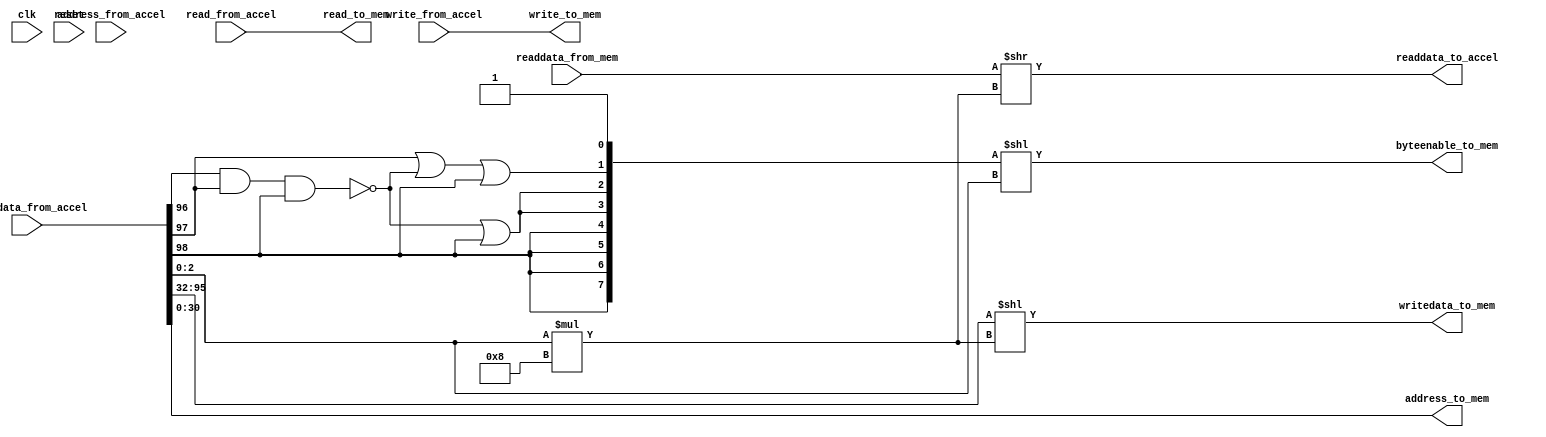
module accel_to_mem_bridge (
    //qsys inputs
    input clk,
    input reset,
    //accel inputs
    input [127:0] writedata_from_accel,
    input address_from_accel,
    input write_from_accel,
    input read_from_accel,
    output [127:0]readdata_to_accel,

    //mem outputs
    //ignore the upper bit of the address so that the s2 interface
    //of on chip memory can sit at 0x0 
    output [30:0] address_to_mem,
    input [63:0] readdata_from_mem,
    output read_to_mem,
    output write_to_mem,
    output [63:0] writedata_to_mem,
    output [7:0] byteenable_to_mem
);

wire        mem8, mem16, mem32, mem64;
wire [2:0]  atm_byteSel_32bit;

assign mem8 = writedata_from_accel[96];
assign mem16 = writedata_from_accel[97];
assign mem64 = writedata_from_accel[98];
assign mem32 = ~(mem8 & mem16 & mem64);

assign atm_byteSel_32bit = writedata_from_accel[2:0];
assign write_to_mem = write_from_accel;
assign read_to_mem = read_from_accel;
//assign chipselect_to_mem = read_from_accel | write_from_accel;
//set byteenable according to appropiate byte enable signals
assign byteenable_to_mem = ({{4{mem64}}, {2{mem32|mem64}}, {mem16|mem32|mem64}, {1'b1}}) << atm_byteSel_32bit;
//set address to least significant 31 bits of writedata
assign address_to_mem = writedata_from_accel[30:0];
//concatenate readdata with byteenable shifted version 
assign readdata_to_accel = {64'd0, readdata_from_mem} >> (atm_byteSel_32bit * 8);
//set actual writedata to middle 64 bits
assign writedata_to_mem = writedata_from_accel[95:32] << (atm_byteSel_32bit * 8);

endmodule